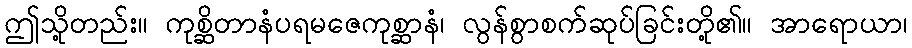
ဤသို့တည်း။ ကုစ္ဆိတာနံပရမဇေကုစ္ဆာနံ၊ လွန်စွာစက်ဆုပ်ခြင်းတို့၏။ အာရောယာ၊